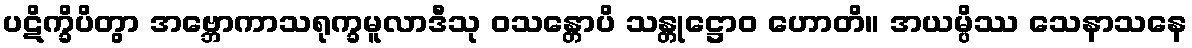
ပဋိက္ခိပိတွာ အဗ္ဘောကာသရုက္ခမူလာဒီသု ဝသန္တောပိ သန္တုဋ္ဌောဝ ဟောတိ။ အယမ္ပိဿ သေနာသနေ